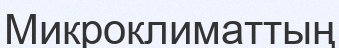
Микроклиматтың